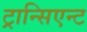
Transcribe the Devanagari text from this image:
ट्रान्सिएन्ट